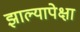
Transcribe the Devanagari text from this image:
झाल्यापेक्षा